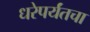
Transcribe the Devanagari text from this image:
धरेपर्यंतचा